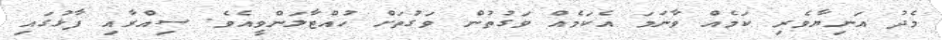
މެދު އަނިޔާވެރި ކަމެއް ވާނަމަ އެކަމެއް ވަގުތުން ވަގުތަށް ހުއްޓާލަންވީއެވެ. ސިއްރާއި ފާޅުގައި